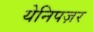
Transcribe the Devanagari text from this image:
येनिपज़र